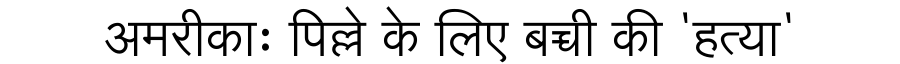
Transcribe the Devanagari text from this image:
अमरीकाः पिल्ले के लिए बच्ची की 'हत्या'